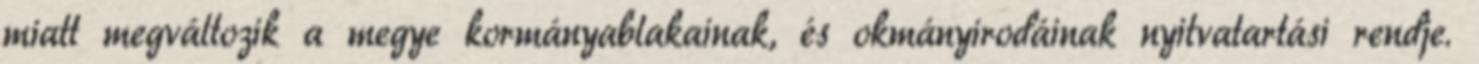
miatt megváltozik a megye kormányablakainak, és okmányirodáinak nyitvatartási rendje.